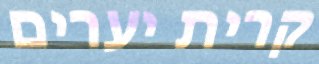
קרית יערים